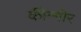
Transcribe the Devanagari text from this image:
कीन्गीर